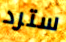
سترد